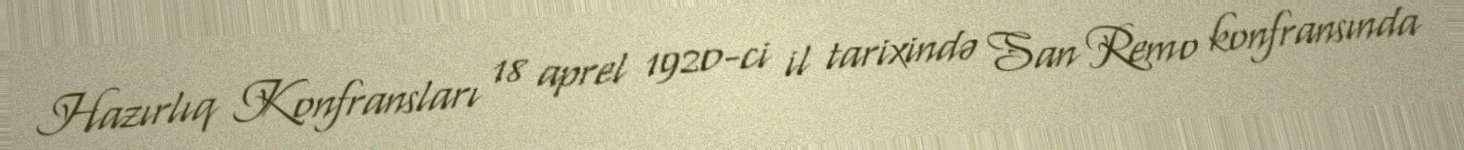
Hazırlıq Konfransları 18 aprel 1920-ci il tarixində San Remo konfransında